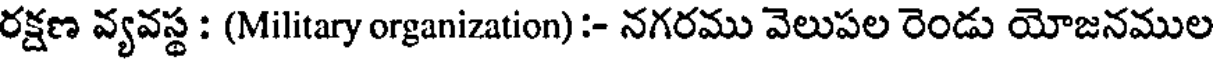
రక్షణ వ్యవస్థ : (Military organization) :- నగరము వెలుపల రెండు యోజనముల